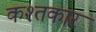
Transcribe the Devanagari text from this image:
कश्तकार